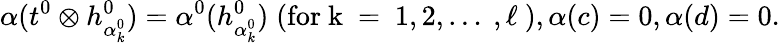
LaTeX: {\alpha}(t^{0}\otimes h_{{\alpha}_{k}^{0}}^{0})={\alpha}^{0}(h_{{\alpha}_{k}^{0}}^{0})\; \mathrm{(for~k~=~1,2,\ldots~,\ell~)},{\alpha}(c)=0,{\alpha}(d)=0.